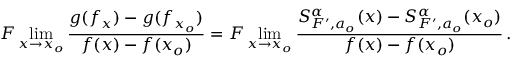
F \operatorname* { l i m } _ { x \rightarrow x _ { o } } \frac { g ( f _ { x } ) - g ( f _ { x _ { o } } ) } { f ( x ) - f ( x _ { o } ) } = F \operatorname* { l i m } _ { x \rightarrow x _ { o } } \frac { S _ { F ^ { \prime } , a _ { o } } ^ { \alpha } ( x ) - S _ { F ^ { \prime } , a _ { o } } ^ { \alpha } ( x _ { o } ) } { f ( x ) - f ( x _ { o } ) } \, .